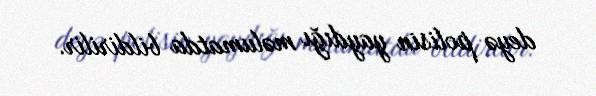
deyə polisin yaydığı məlumatda bildirilir.